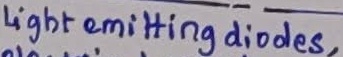
Text: Light emitting diodes,